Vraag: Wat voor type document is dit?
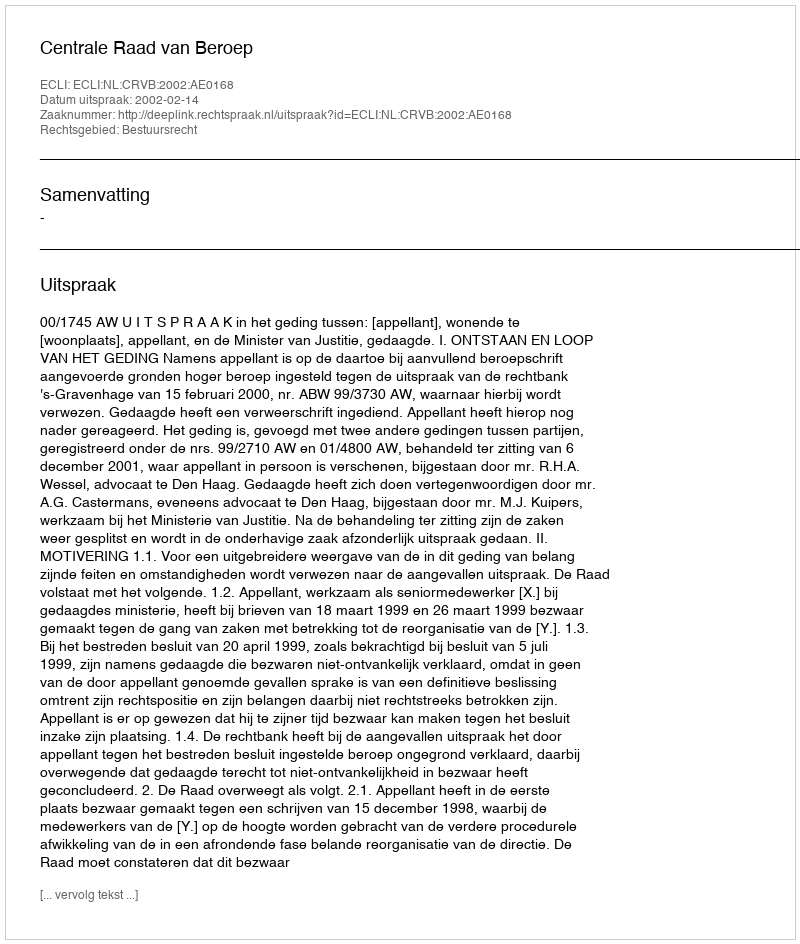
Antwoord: Uitspraak